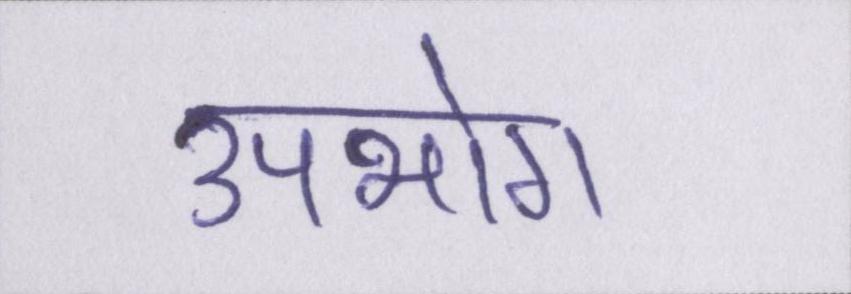
उपभोग